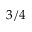
3 / 4